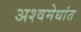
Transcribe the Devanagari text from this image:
अश्वमेधांत